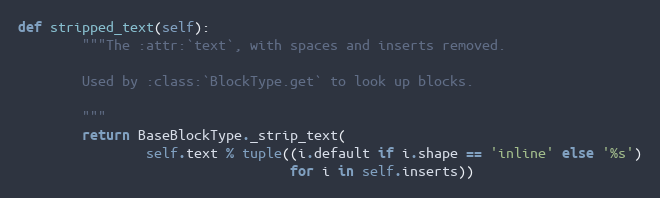
Language: Python
def stripped_text(self):
        """The :attr:`text`, with spaces and inserts removed.

        Used by :class:`BlockType.get` to look up blocks.

        """
        return BaseBlockType._strip_text(
                self.text % tuple((i.default if i.shape == 'inline' else '%s')
                                  for i in self.inserts))